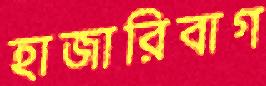
হাজারিবাগ